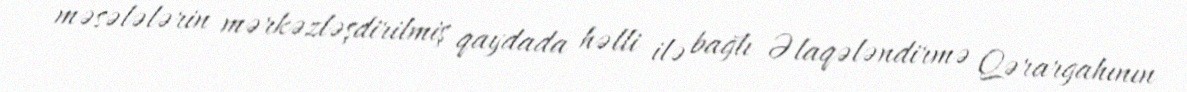
məsələlərin mərkəzləşdirilmiş qaydada həlli ilə bağlı Əlaqələndirmə Qərargahının